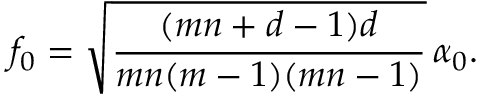
f _ { 0 } = \sqrt { \frac { ( m n + d - 1 ) d } { m n ( m - 1 ) ( m n - 1 ) } } \, \alpha _ { 0 } .